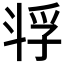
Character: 𫿴